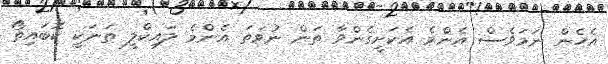
އެހެން ނަމަވެސް އެންމެ އެކަށީގެންވާ ތަން ނުވަތަ އެންމެ ލައިކްލީ ތަނަކީ ކޮބައިތޯ